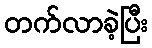
တက်လာခဲ့ပြီး